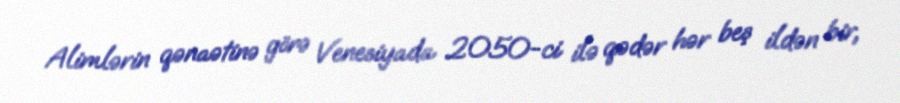
Alimlərin qənaətinə görə Venesiyada 2050-ci ilə qədər hər beş ildən bir,